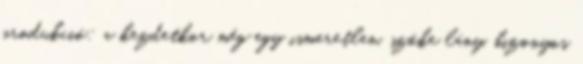
produkció: a kezdetkor még egy ismeretlen, szőke lány, bizonyos